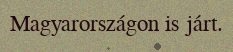
Magyarországon is járt.